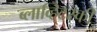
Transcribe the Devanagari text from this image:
ब्लाव्हिटस्‍की